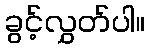
ခွင့်လွှတ်ပါ။